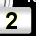
Digit: 2